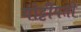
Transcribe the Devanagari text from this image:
गोट्टीपती